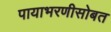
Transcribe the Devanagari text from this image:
पायाभरणीसोबत